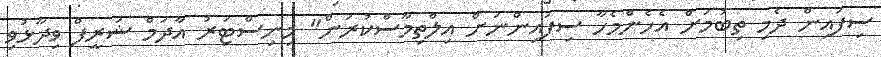
ސިފައިން ދެމި ތިބުމަށް އެހެންމެހާ ސިފައިންނަށް އިލްތިމާސްކުރަން" މިނިސްޓަރު އާދަމް ޝަރީފް ވިދާޅުވި